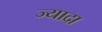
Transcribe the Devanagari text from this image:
ज्यादा